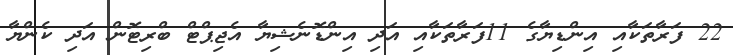
22 ފަރާތަކާއި އިންޑިޔާގެ 11ފަރާތަކާއި އަދި އިންޑޮނެޝިޔާ އެޖިޕްޓް ބްރިޓޮން އަދި ކެންޔާ